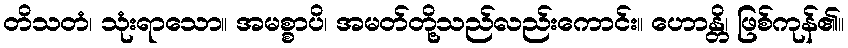
တိသတံ၊ သုံးရာသော။ အမစ္စာပိ၊ အမတ်တို့သည်လည်းကောင်း။ ဟောန္တိ၊ ဖြစ်ကုန်၏။